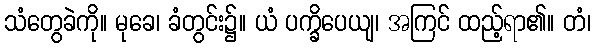
သံတွေခဲကို။ မုခေ၊ ခံတွင်း၌။ ယံ ပက္ခိပေယျ၊ အကြင် ထည့်ရာ၏။ တံ၊